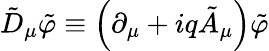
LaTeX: \tilde{D}_{\mu}\tilde{\varphi}\equiv\left(\partial_{\mu}+iq\tilde{A}_{\mu}\right)\tilde{\varphi}